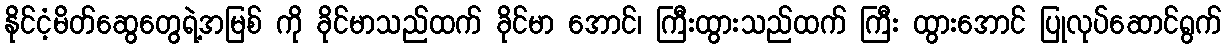
နိုင်ငံ့မိတ်ဆွေတွေရဲ့အမြစ် ကို ခိုင်မာသည်ထက် ခိုင်မာ အောင်၊ ကြီးထွားသည်ထက် ကြီး ထွားအောင် ပြုလုပ်ဆောင်ရွက်